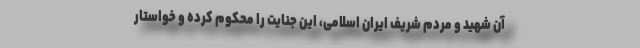
آن شهید و مردم شریف ایران اسلامی، این جنایت را محکوم کرده و خواستار